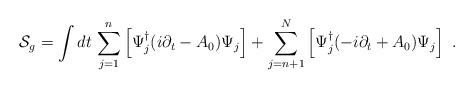
LaTeX: \begin{align*}{\cal S}_{g}=\int dt\, \sum_{j=1}^n \left[ \Psi_j^\dagger (i\partial_t -A_0)\Psi_j \right] + \sum_{j=n+1}^N \left[ \Psi_j^\dagger (-i\partial_t +A_0)\Psi_j \right]~.\end{align*}